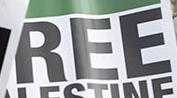
ree